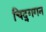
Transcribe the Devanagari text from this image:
चिद्‌गगन